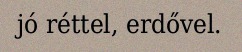
jó réttel, erdővel.